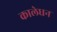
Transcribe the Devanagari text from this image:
कालेधन